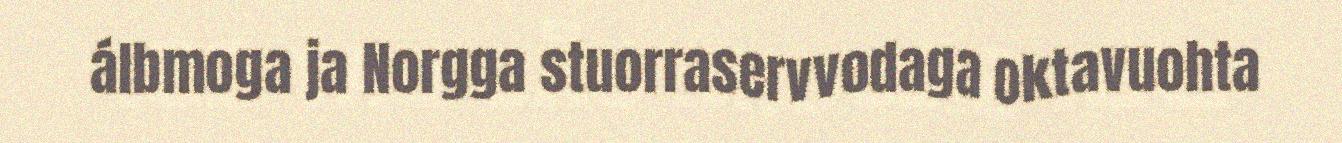
álbmoga ja Norgga stuorraservvodaga oktavuohta